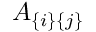
A _ { \{ i \} \{ j \} }